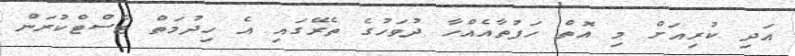
އަދި ކުރިއަށް މި އޮތް ހަފުތާއެއްހާ ދުވަހުގެ ތެރޭގައި އެ ހިދުމަތް ޓެސްޓްކުރަން